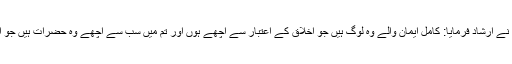
“ ایک مرتبہ آپ صلی اللہ علیہ وسلم نے ارشاد فرمایا: کامل ایمان والے وہ لوگ ہیں جو اخلاق کے اعتبار سے اچھے ہوں اور تم میں سب سے اچھے وہ حضرات ہیں جو اپنی بیویوں کے حق میں اچھے ہوں۔